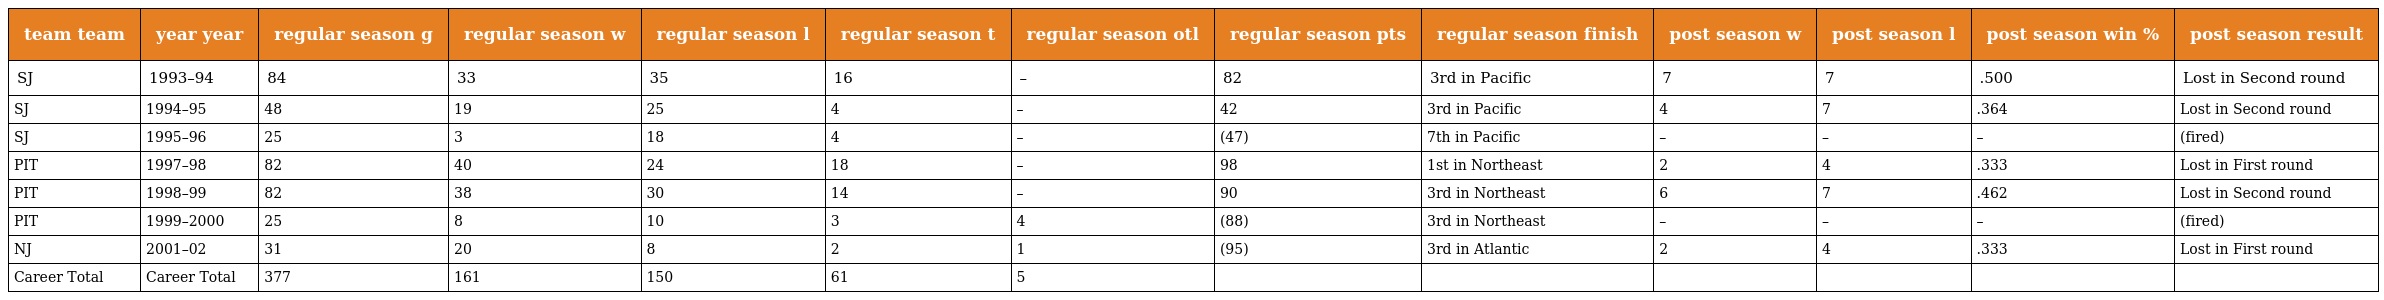
| team team | year year | regular season g | regular season w | regular season l | regular season t | regular season otl | regular season pts | regular season finish | post season w | post season l | post season win % | post season result |
 | --- | --- | --- | --- | --- | --- | --- | --- | --- | --- | --- | --- | --- |
 | SJ | 1993–94 | 84 | 33 | 35 | 16 | – | 82 | 3rd in Pacific | 7 | 7 | .500 | Lost in Second round |
 | SJ | 1994–95 | 48 | 19 | 25 | 4 | – | 42 | 3rd in Pacific | 4 | 7 | .364 | Lost in Second round |
 | SJ | 1995–96 | 25 | 3 | 18 | 4 | – | (47) | 7th in Pacific | – | – | – | (fired) |
 | PIT | 1997–98 | 82 | 40 | 24 | 18 | – | 98 | 1st in Northeast | 2 | 4 | .333 | Lost in First round |
 | PIT | 1998–99 | 82 | 38 | 30 | 14 | – | 90 | 3rd in Northeast | 6 | 7 | .462 | Lost in Second round |
 | PIT | 1999–2000 | 25 | 8 | 10 | 3 | 4 | (88) | 3rd in Northeast | – | – | – | (fired) |
 | NJ | 2001–02 | 31 | 20 | 8 | 2 | 1 | (95) | 3rd in Atlantic | 2 | 4 | .333 | Lost in First round |
 | Career Total | Career Total | 377 | 161 | 150 | 61 | 5 |  |  |  |  |  |  |